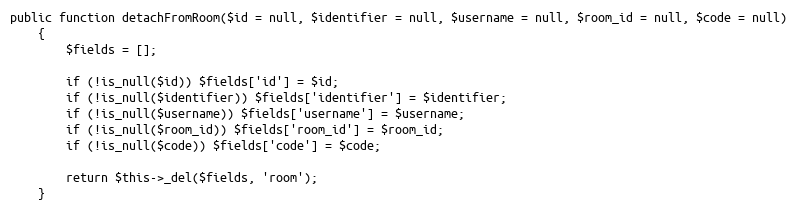
Language: PHP
public function detachFromRoom($id = null, $identifier = null, $username = null, $room_id = null, $code = null)
    {
        $fields = [];

        if (!is_null($id)) $fields['id'] = $id;
        if (!is_null($identifier)) $fields['identifier'] = $identifier;
        if (!is_null($username)) $fields['username'] = $username;
        if (!is_null($room_id)) $fields['room_id'] = $room_id;
        if (!is_null($code)) $fields['code'] = $code;

        return $this->_del($fields, 'room');
    }